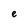
Character: e